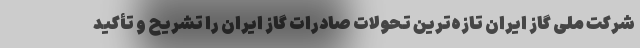
شرکت ملی گاز ایران تازه‌ترین تحولات صادرات گاز ایران را تشریح و تأکید